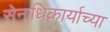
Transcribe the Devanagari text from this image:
सेनाधिकार्याच्या